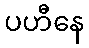
ပဟီနေ